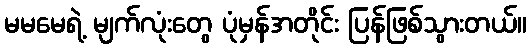
မမမေရဲ့ မျက်လုံးတွေ ပုံမှန်အတိုင်း ပြန်ဖြစ်သွားတယ်။